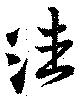
潘